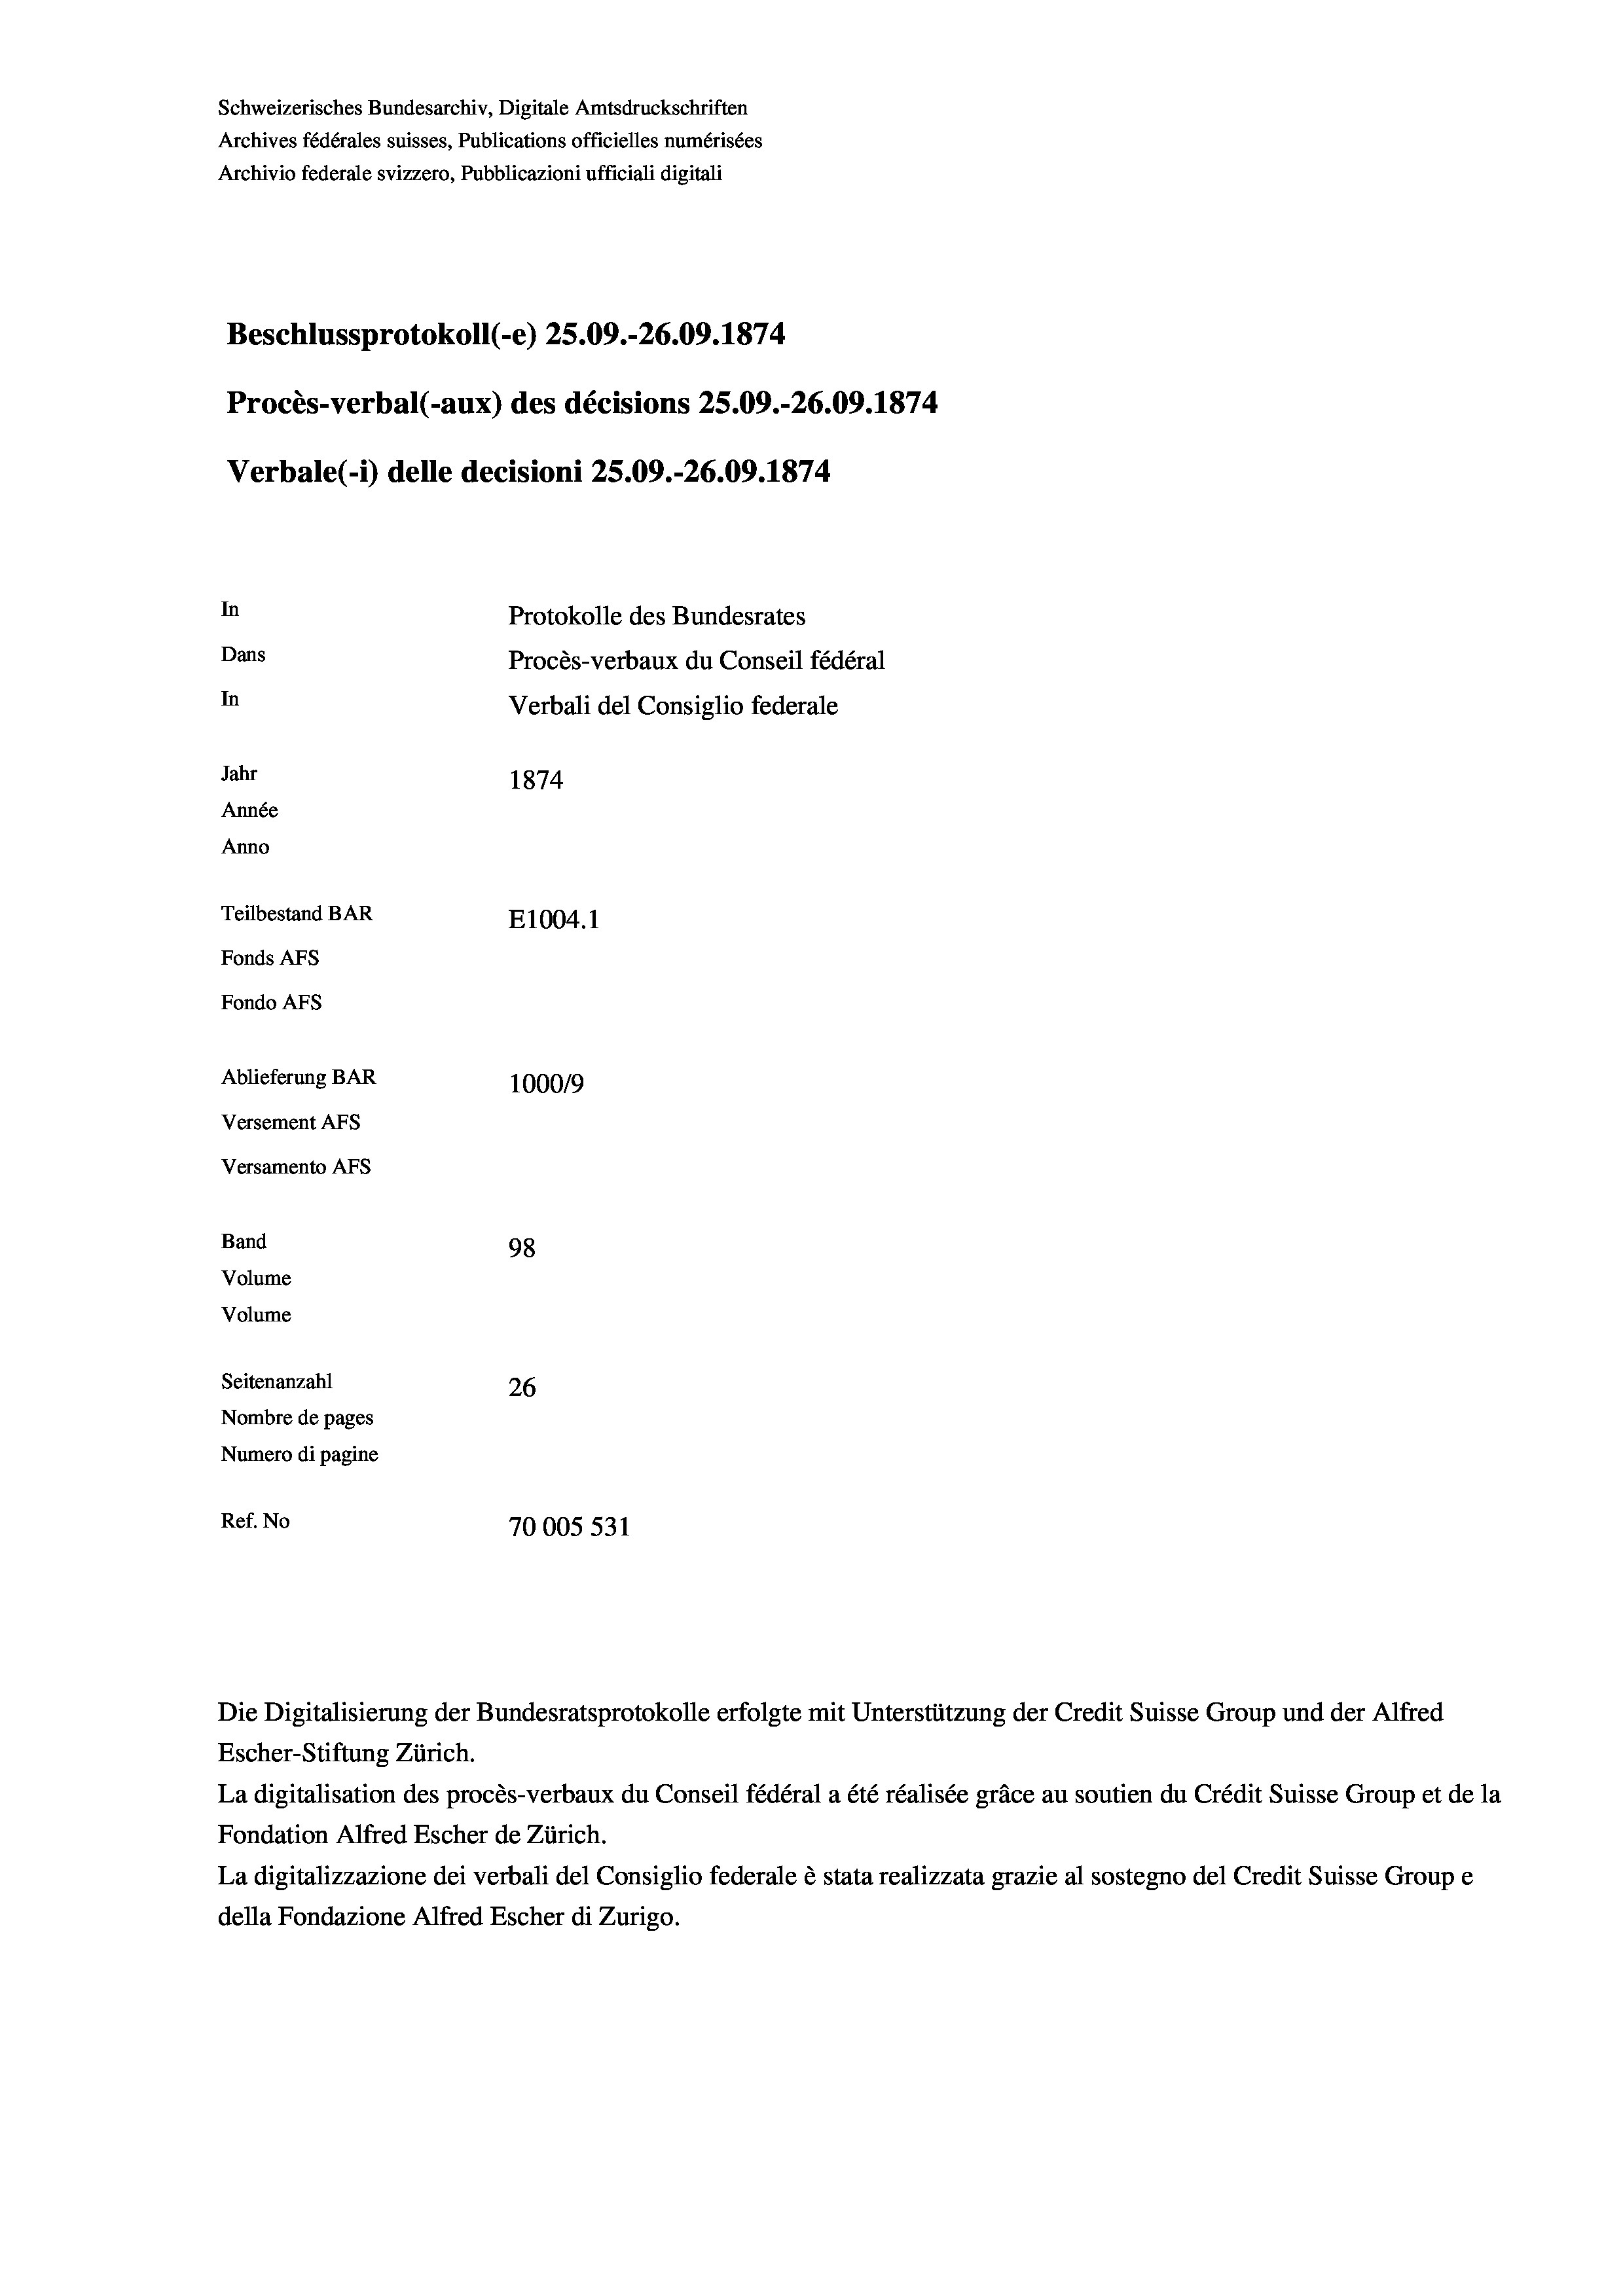
Schweizerisches Bundesarchiv, Digitale Amtsdruckschriften
Archives fédérales suisses, Publications officielles numérisées
Archivio federale svizzero, Pubblicazioni ufficiali digitali
Beschlussprotokoll (-e) 25.09.-26.09. 1874
In
Protokolle des Bundesrates
Dans
Procès-verbaux du Conseil fédéral
In
Verbali del Consiglio federale
Jahr
1874
Année
Anno
Teilbestand BAR
E1004.1
Fonds AFs
Fondo AFS
Ablieferung BAR
1000/9
Versement AFs
Versamento AFs

Band
Volume
Volume

98
Seitenanzahl
26
Nombre de pages
Numero di pagine
Ref. No
70005 531

Verbale(-*) delle decisioni 25.09.-26.09. 1874

Procès-verbal (-aux) des décisions 25.09.-26.09. 1874

Die Digitalisierung der Bundesratsprotokolle erfolgte mit Unterstützung der Credit Suisse Group und der Alfred
Escher-Stiftung Zürich.
La digitalisation des procès-verbaux du Conseil fédéral a été réalisée gräce au soutien du Crédit Suisse Group et de la
Fondation Alfred Escher de Zürich.
La digitalizzazione dei verbali del Consiglio federale è stata realizzata grazie al sostegno del Credit Suisse Groupe
della Fondazione Alfred Escher di Zurigo.